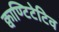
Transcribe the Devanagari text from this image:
क्वाण्टिटेटिव